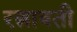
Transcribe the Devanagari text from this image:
रत्नावती